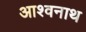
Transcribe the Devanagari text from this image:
आश्वनाथ